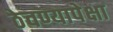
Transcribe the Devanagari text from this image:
ठेवण्यापेक्षा